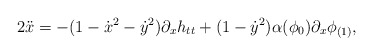
\begin{align*}2\ddot{x} = -(1-\dot{x}^2-\dot{y}^2)\partial_xh_{tt} + (1-\dot{y}^2)\alpha(\phi_0)\partial_x\phi_{(1)},\end{align*}